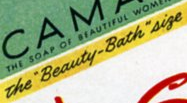
the "Beauty-Bath"sige